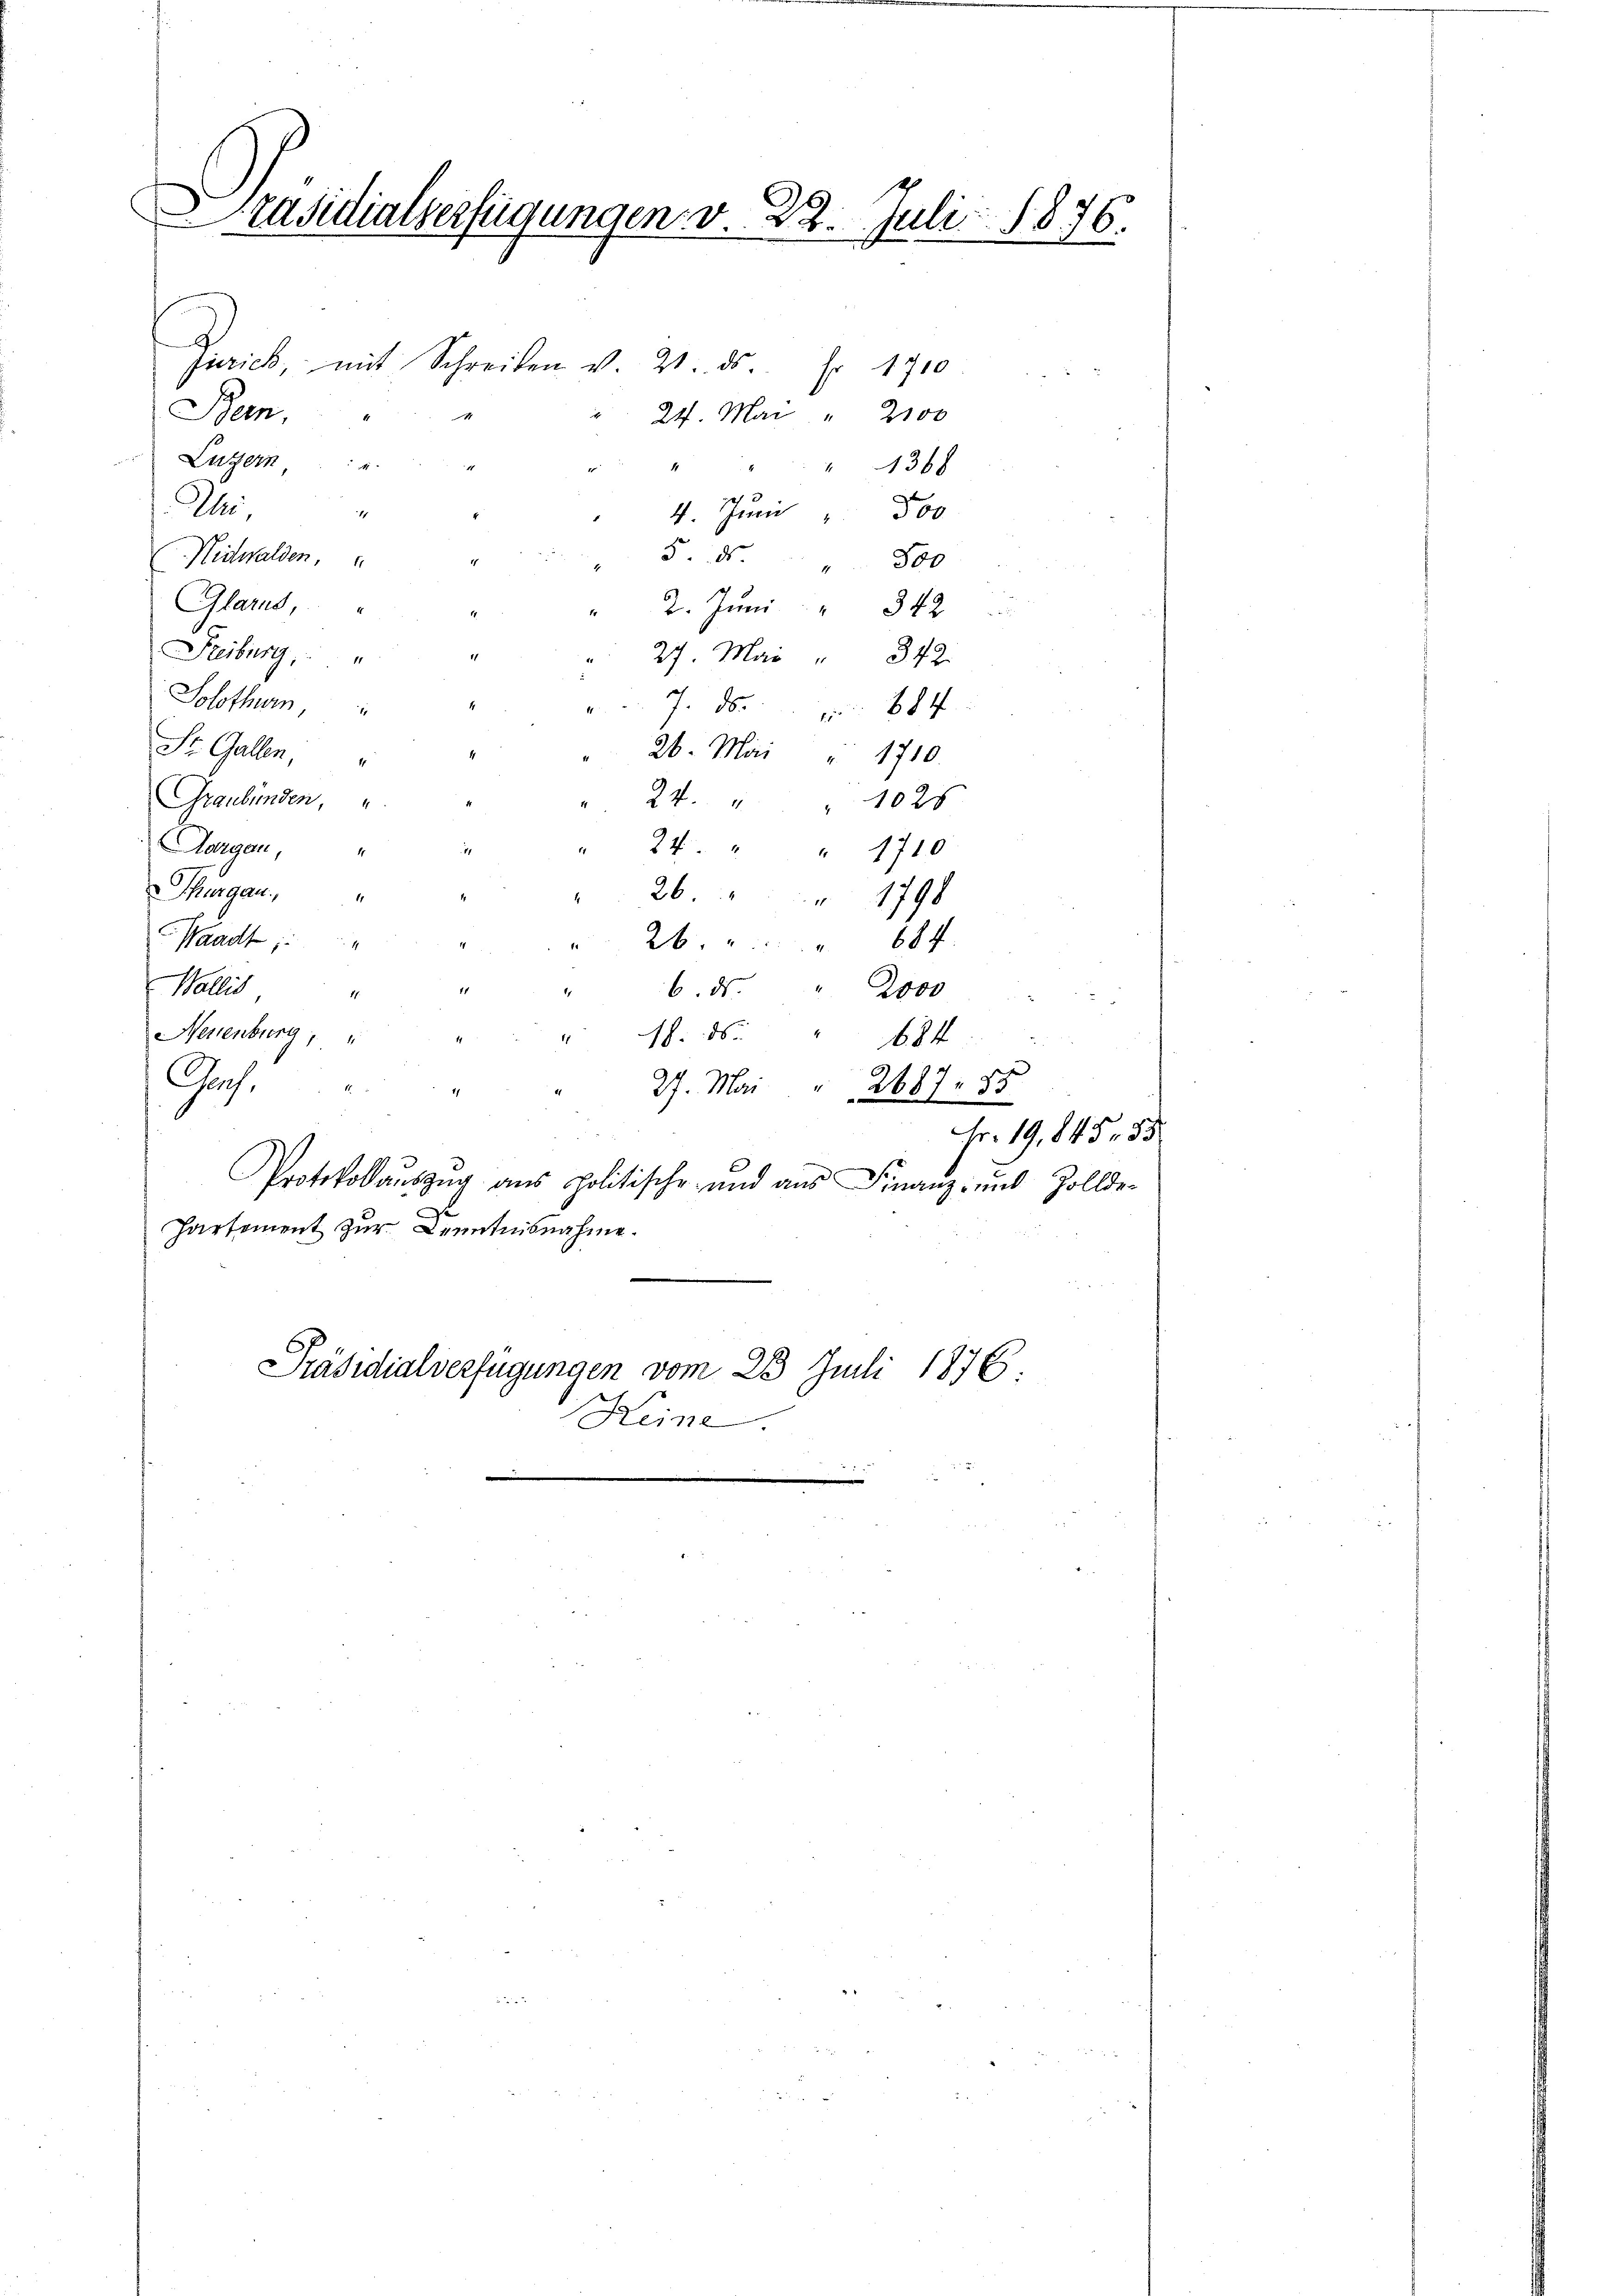
Präsidialverfügungen v. 22. Juli 1876.

.
Zürich, mit Schreiben v. 21. ds Fr. 1710
24. Mai " 2100
Bern.
Luzern u.
1368
De
For
11
4. Juni
5 d
Nidwalden,
" 800
Glarus,
 2. Juni " 342
Freiburg,
27. Mai " 342.
Solothurn,
7. d. 184
St. Gallen,
26. Mai " 1710
Graubünden,
24.
1026
Aargau,
24. " " 1710
Thurgau.
21798
Waadt
26
Wallis
6. ds.
2000
Neuenburg,
18. 56.
684
Ges.
27. Mai 2687. 85
Protokollaŭszŭg ans politische und aŭs Finanz- und Zollde-
Partement zur Kenntnisnahme.
e
Präsidialverfügungen vom 25. Juli 1876.
Heine

Fr. 19,845. 55.